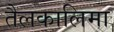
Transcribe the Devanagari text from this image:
तैलकालिमा